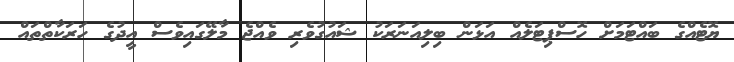
ޔޮޓެއްގެ ބައްޓަމަށް ހޮސްޕިޓަލެއް އަޅަން ބިލިއަނަރަކު ޝައުގުވެރި ވެއްޖެ މާލޭގައިވެސް އީދުގެ ހަރަކާތްތައް